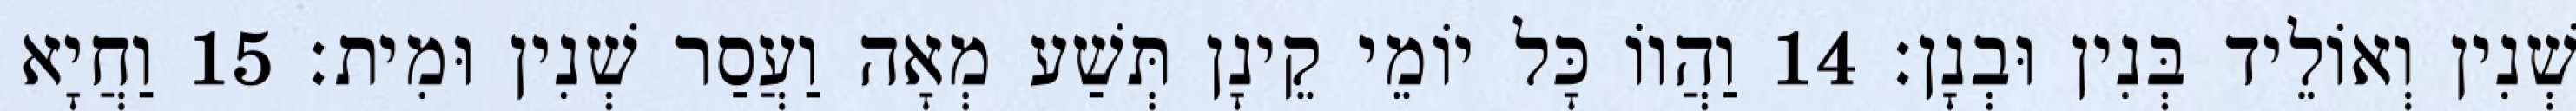
שְׁנִין וְאוֹלֵיד בְּנִין וּבְנָן׃ 14 וַהֲווֹ כָּל יוֹמֵי קֵינָן תְּשַׁע מְאָה וַעֲסַר שְׁנִין וּמִית׃ 15 וַחֲיָא